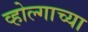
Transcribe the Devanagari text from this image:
व्होल्गाच्या